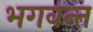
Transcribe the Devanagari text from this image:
भगवन्‍त